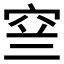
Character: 𱶳